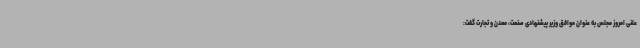
علنی امروز مجلس به عنوان موافق وزیر پیشنهادی صنعت، معدن و تجارت گفت: